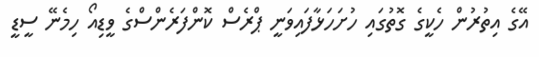
އޭގެ އިތުރުން ހެކީގެ ގޮތުގައި ހުށަހަޅާފައިވަނީ ޕްރެސް ކޮންފަރެންސްގެ ވީޑިއޯ ހިމެނޭ ސީޑީ